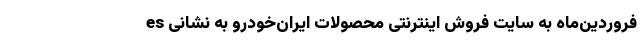
فروردین‌ماه به سایت فروش اینترنتی محصولات ایران‌خودرو به نشانی es